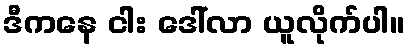
ဒီကနေ ငါး ဒေါ်လာ ယူလိုက်ပါ။